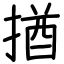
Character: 揂